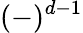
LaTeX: (-)^{d-1}